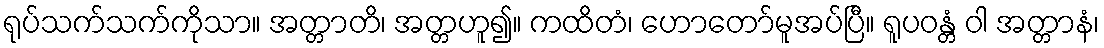
ရုပ်သက်သက်ကိုသာ။ အတ္တာတိ၊ အတ္တဟူ၍။ ကထိတံ၊ ဟောတော်မူအပ်ပြီ။ ရူပဝန္တံ ဝါ အတ္တာနံ၊